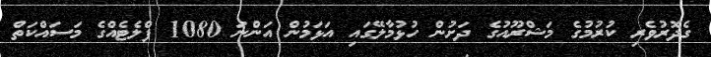
ގެދޮރުވެރި ކުރުމުގެ މަޝްރޫއުގެ ދަށުން ހުޅުމާލޭގައި އަޅަމުން އަންނަ 1080 ފްލެޓެއްގެ މަސައްކަތް